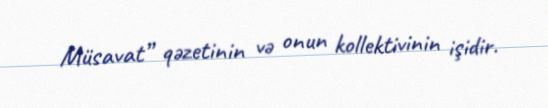
Müsavat” qəzetinin və onun kollektivinin işidir.